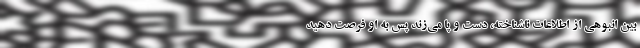
بین انبوهی از اطلاعات ناشناخته، دست و پا می‌زند پس به او فرصت دهید